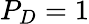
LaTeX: P_{D}=1